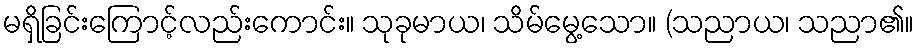
မရှိခြင်းကြောင့်လည်းကောင်း။ သုခုမာယ၊ သိမ်မွေ့သော။ (သညာယ၊ သညာ၏။